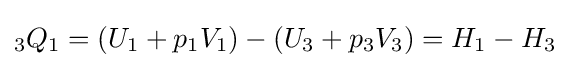
{}_{3}Q_{1}=\left({U_{1}+p_{1}V_{1}}\right)-\left({U_{3}+p_{3}V_{3}}\right)=H_{1}-H_{3}